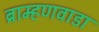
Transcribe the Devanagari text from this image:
ब्राम्हणवाडा